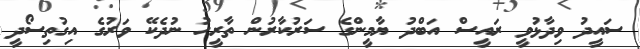
ސައީދު ވިދާޅުވީ ރައީސް އަބްދު ޔާމީންގެ ސަރުކާރުން ތާރީހު ނުދެކޭ ވަރުގެ އިގުތިސޯދީ